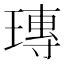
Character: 瑼